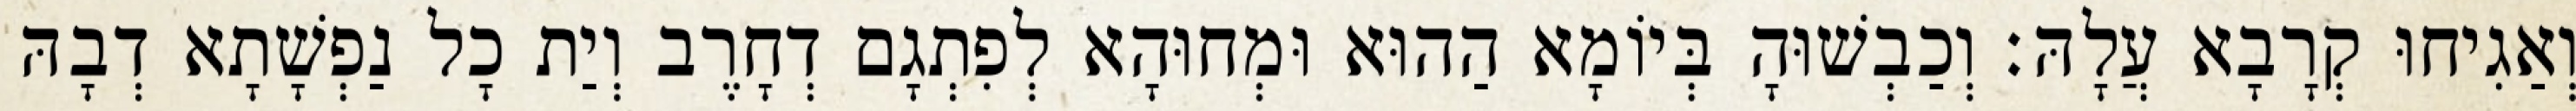
וְאַגִיחוּ קְרָבָא עֲלָהּ׃ וְכַבְשׁוּהָ בְּיוֹמָא הַהוּא וּמְחוּהָא לְפִתְגָם דְחָרֶב וְיַת כָל נַפְשָׁתָא דְבָהּ